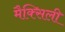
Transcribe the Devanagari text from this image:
मैक्सिली